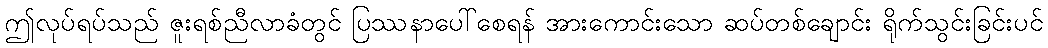
ဤလုပ်ရပ်သည် ဇူးရစ်ညီလာခံတွင် ပြဿနာပေါ်စေရန် အားကောင်းသော ဆပ်တစ်ချောင်း ရိုက်သွင်းခြင်းပင်